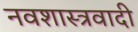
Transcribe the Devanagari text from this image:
नवशास्त्रवादी